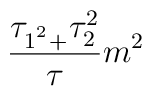
\frac{\tau _{1^{^{2}}+}\tau _{2}^{2}}{\tau }m^{2}